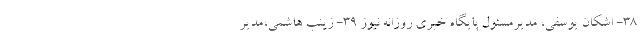
38- اشکان یوسفی، مدیرمسئول پایگاه خبری روزانه نیوز 39- زینب هاشمی،مدیر